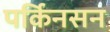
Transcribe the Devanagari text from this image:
पर्किनसन